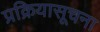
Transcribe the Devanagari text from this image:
प्रक्रियासूचना